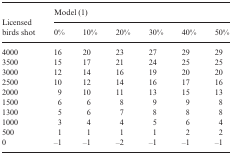
<table><thead><tr><td></td><td colspan="6"><b>Model (1)</b></td></tr><tr><td><b>Licensed birds shot</b></td><td><b>0%</b></td><td><b>10%</b></td><td><b>20%</b></td><td><b>30%</b></td><td><b>40%</b></td><td><b>50%</b></td></tr></thead><tbody><tr><td>4000</td><td>16</td><td>20</td><td>23</td><td>27</td><td>29</td><td>29</td></tr><tr><td>3500</td><td>15</td><td>17</td><td>21</td><td>24</td><td>25</td><td>25</td></tr><tr><td>3000</td><td>12</td><td>14</td><td>16</td><td>19</td><td>20</td><td>20</td></tr><tr><td>2500</td><td>10</td><td>12</td><td>14</td><td>16</td><td>17</td><td>16</td></tr><tr><td>2000</td><td>9</td><td>10</td><td>11</td><td>13</td><td>15</td><td>13</td></tr><tr><td>1500</td><td>6</td><td>6</td><td>8</td><td>9</td><td>9</td><td>8</td></tr><tr><td>1300</td><td>5</td><td>6</td><td>7</td><td>8</td><td>8</td><td>8</td></tr><tr><td>1000</td><td>3</td><td>4</td><td>4</td><td>5</td><td>6</td><td>4</td></tr><tr><td>500</td><td>1</td><td>1</td><td>1</td><td>1</td><td>2</td><td>2</td></tr><tr><td>0</td><td>–1</td><td>–1</td><td>–2</td><td>–1</td><td>–1</td><td>–1</td></tr></tbody></table>